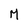
Character: M